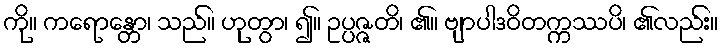
ကို။ ကရောန္တော၊ သည်။ ဟုတွာ၊ ၍။ ဥပ္ပဇ္ဇတိ၊ ၏။ ဗျာပါဒဝိတက္ကဿပိ၊ ၏လည်း။